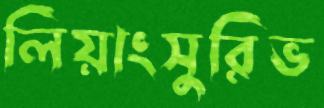
লিয়াংসুরিভ